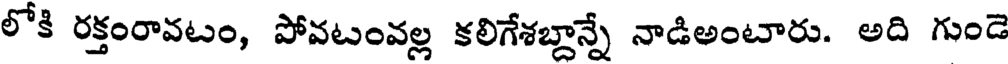
లోకి రక్తంరావటం, పోవటంవల్ల కలిగేశబ్దాన్నే నాడిఅంటారు. అది గుండె